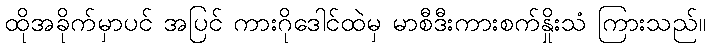
ထိုအခိုက်မှာပင် အပြင် ကားဂိုဒေါင်ထဲမှ မာစီဒီးကားစက်နှိုးသံ ကြားသည်။